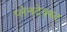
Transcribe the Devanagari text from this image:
प्लेनटेक्स्ट